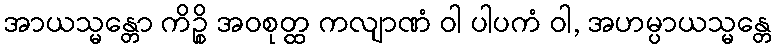
အာယသ္မန္တော ကိဉ္စိ အဝစုတ္ထ ကလျာဏံ ဝါ ပါပကံ ဝါ, အဟမ္ပာယသ္မန္တေ